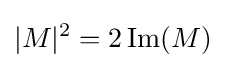
|M|^{2}=2\operatorname {Im} (M)